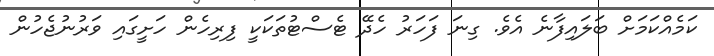
ކަމެއްކަމަށް ބަލައިފާނެ އެވެ. ގިނަ ފަހަރު ހެދޭ ޓެސްޓުތަކަކީ ފިރިހެން ހަށީގައި ވަރުނުޖެހުން